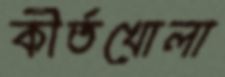
কীর্তখোলা